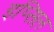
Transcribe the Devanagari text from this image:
इप्सिल